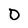
Character: O